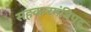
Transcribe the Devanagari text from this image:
सहकारमंत्रिपद